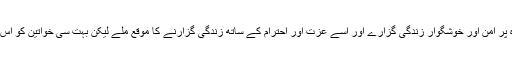
ہر انسان کو حق حاصل ہے کہ وہ پر امن اور خوشگوار زندگی گزارے اور اسے عزت اور احترام کے ساتھ زندگی گزارنے کا موقع ملے لیکن بہت سی خواتین کو اس حق سے محروم کر دیا جاتا ہے۔